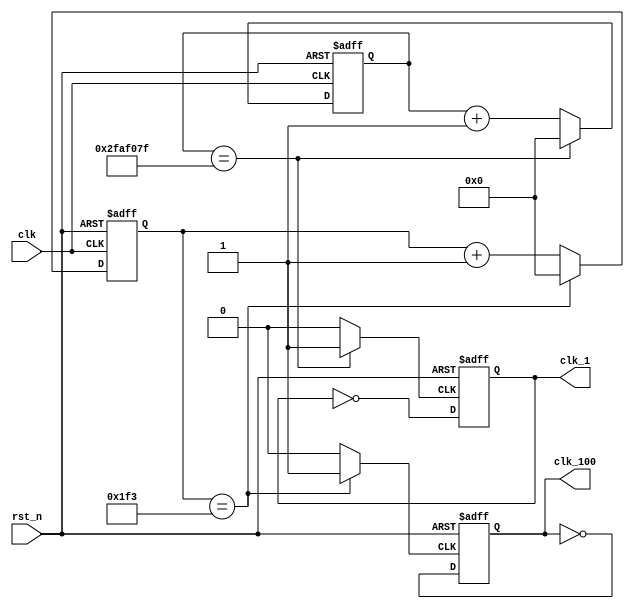

module lab7_2_qclk(
clk_1,
clk_100,
clk,
rst_n
);
output clk_1, clk_100; 
input clk; 
input rst_n;
reg [26:0] ant_tmp,ant;
reg clk_tmp1,s_ant,s_ant_tmp; 

reg [26:0] cnt_tmp,cnt;
reg clk_tmp3,s_cnt,s_cnt_tmp; 




always @*
if(ant == 49999999) ant_tmp = 0;
else ant_tmp = ant + 27'd1;

always @*
if(ant == 49999999) 
clk_tmp1 = 1;
else 
clk_tmp1 = 0;

always @*
s_ant_tmp = ~s_ant ;
assign clk_1 = s_ant;

always @(posedge clk_tmp1 or negedge rst_n)
if (~rst_n) 
s_ant <= 0;
else
s_ant <= s_ant_tmp;

always @(posedge clk or negedge rst_n)
if (~rst_n) ant <= 27'b0;
else ant <= ant_tmp;




always @*
if(cnt == 499) cnt_tmp = 0;
else cnt_tmp = cnt + 27'd1;

always @*
if(cnt == 499) 
clk_tmp3 = 1;
else 
clk_tmp3= 0;

always @*
s_cnt_tmp = ~s_cnt ;
assign clk_100 = s_cnt;

always @(posedge clk_tmp3 or negedge rst_n)
if (~rst_n) s_cnt <= 0;
else s_cnt <= s_cnt_tmp;

always @(posedge clk or negedge rst_n)
if (~rst_n) cnt <= 27'b0;
else cnt <= cnt_tmp;


endmodule